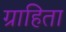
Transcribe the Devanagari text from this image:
ग्राहिता